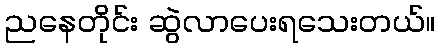
ညနေတိုင်း ဆွဲလာပေးရသေးတယ်။